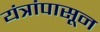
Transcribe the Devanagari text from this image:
यंत्रांपासून